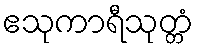
ဧသုကာရီသုတ္တံ